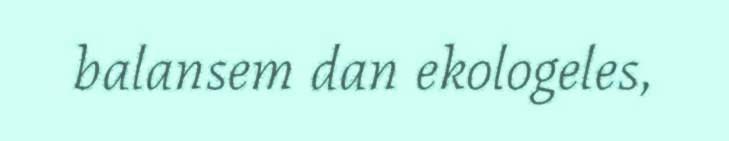
balansem dan ekologeles,